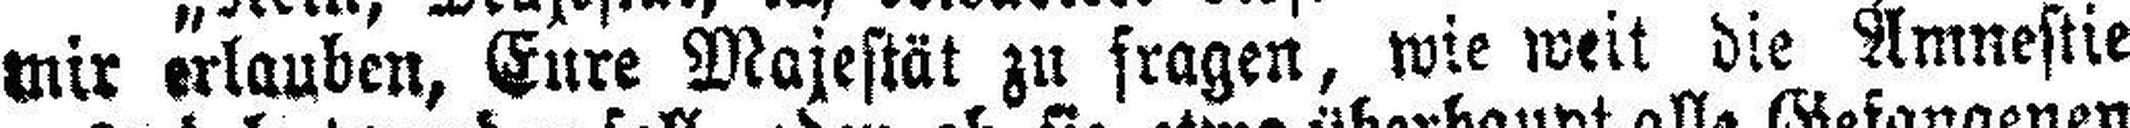
wir erlauben. Eure Majestät zu fragen, wie weit die Amnestie